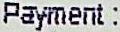
PAYMENT :